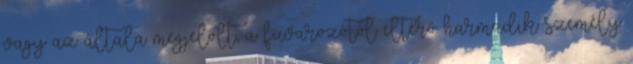
vagy az általa megjelölt, a fuvarozótól eltérő harmadik személy